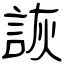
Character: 詼